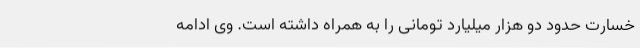
خسارت حدود دو هزار میلیارد تومانی را به همراه داشته است. وی ادامه